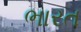
ભારત